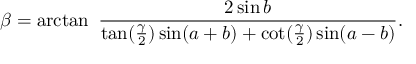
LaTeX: \beta = \arctan \ { \frac { 2 \sin b } { \tan ( { \frac { \gamma } { 2 } } ) \sin ( a + b ) + \cot ( { \frac { \gamma } { 2 } } ) \sin ( a - b ) } } .